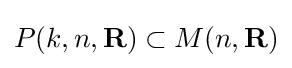
P(k,n,\mathbf {R} )\subset M(n,\mathbf {R} )